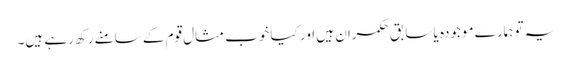
یہ تو ہمارے موجودہ یا سابق حکمران ہیں اور کیا خوب مثال قوم کے سامنے رکھ رہے ہیں۔